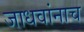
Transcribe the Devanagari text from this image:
जाधवांनाच